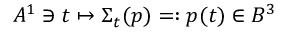
A ^ { 1 } \ni t \mapsto \Sigma _ { t } ( p ) = : p ( t ) \in B ^ { 3 }